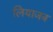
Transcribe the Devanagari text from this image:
लियाजब